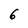
Character: 6